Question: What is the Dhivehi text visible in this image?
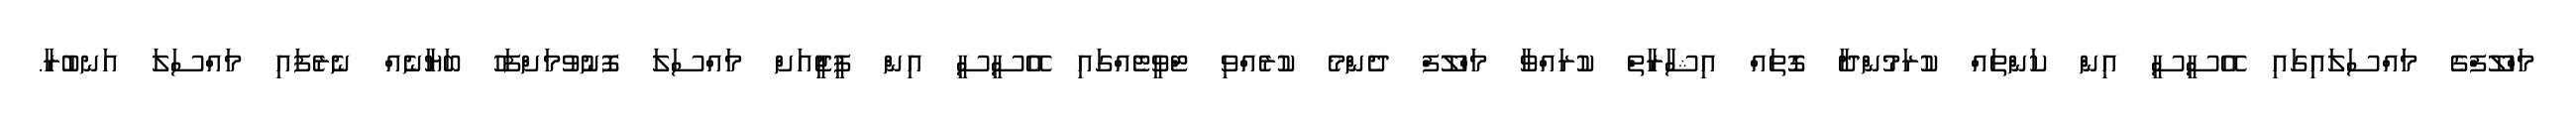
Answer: މަހްލޫފްގެ މައްސަލައިގައި އޭސީސީ އިން ކަންތައް ކުރަމުންދާ ގޮތައް އިޝާރާތް ކުރައްވާ މަހްލޫފް ދެންމެ ކުރެއްވި ޓްވީޓެއްގައި އޭސީސީ އިން ޕީޖީއަށް މައްސަލަ ފޮނުވުމަށްފަހު ބަޔާނެއް ނެރެފައި މައްސަލަ އަނބުރާ.